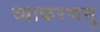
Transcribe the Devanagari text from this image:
व्याकरणमु